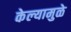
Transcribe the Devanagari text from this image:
केल्‍यामुळे